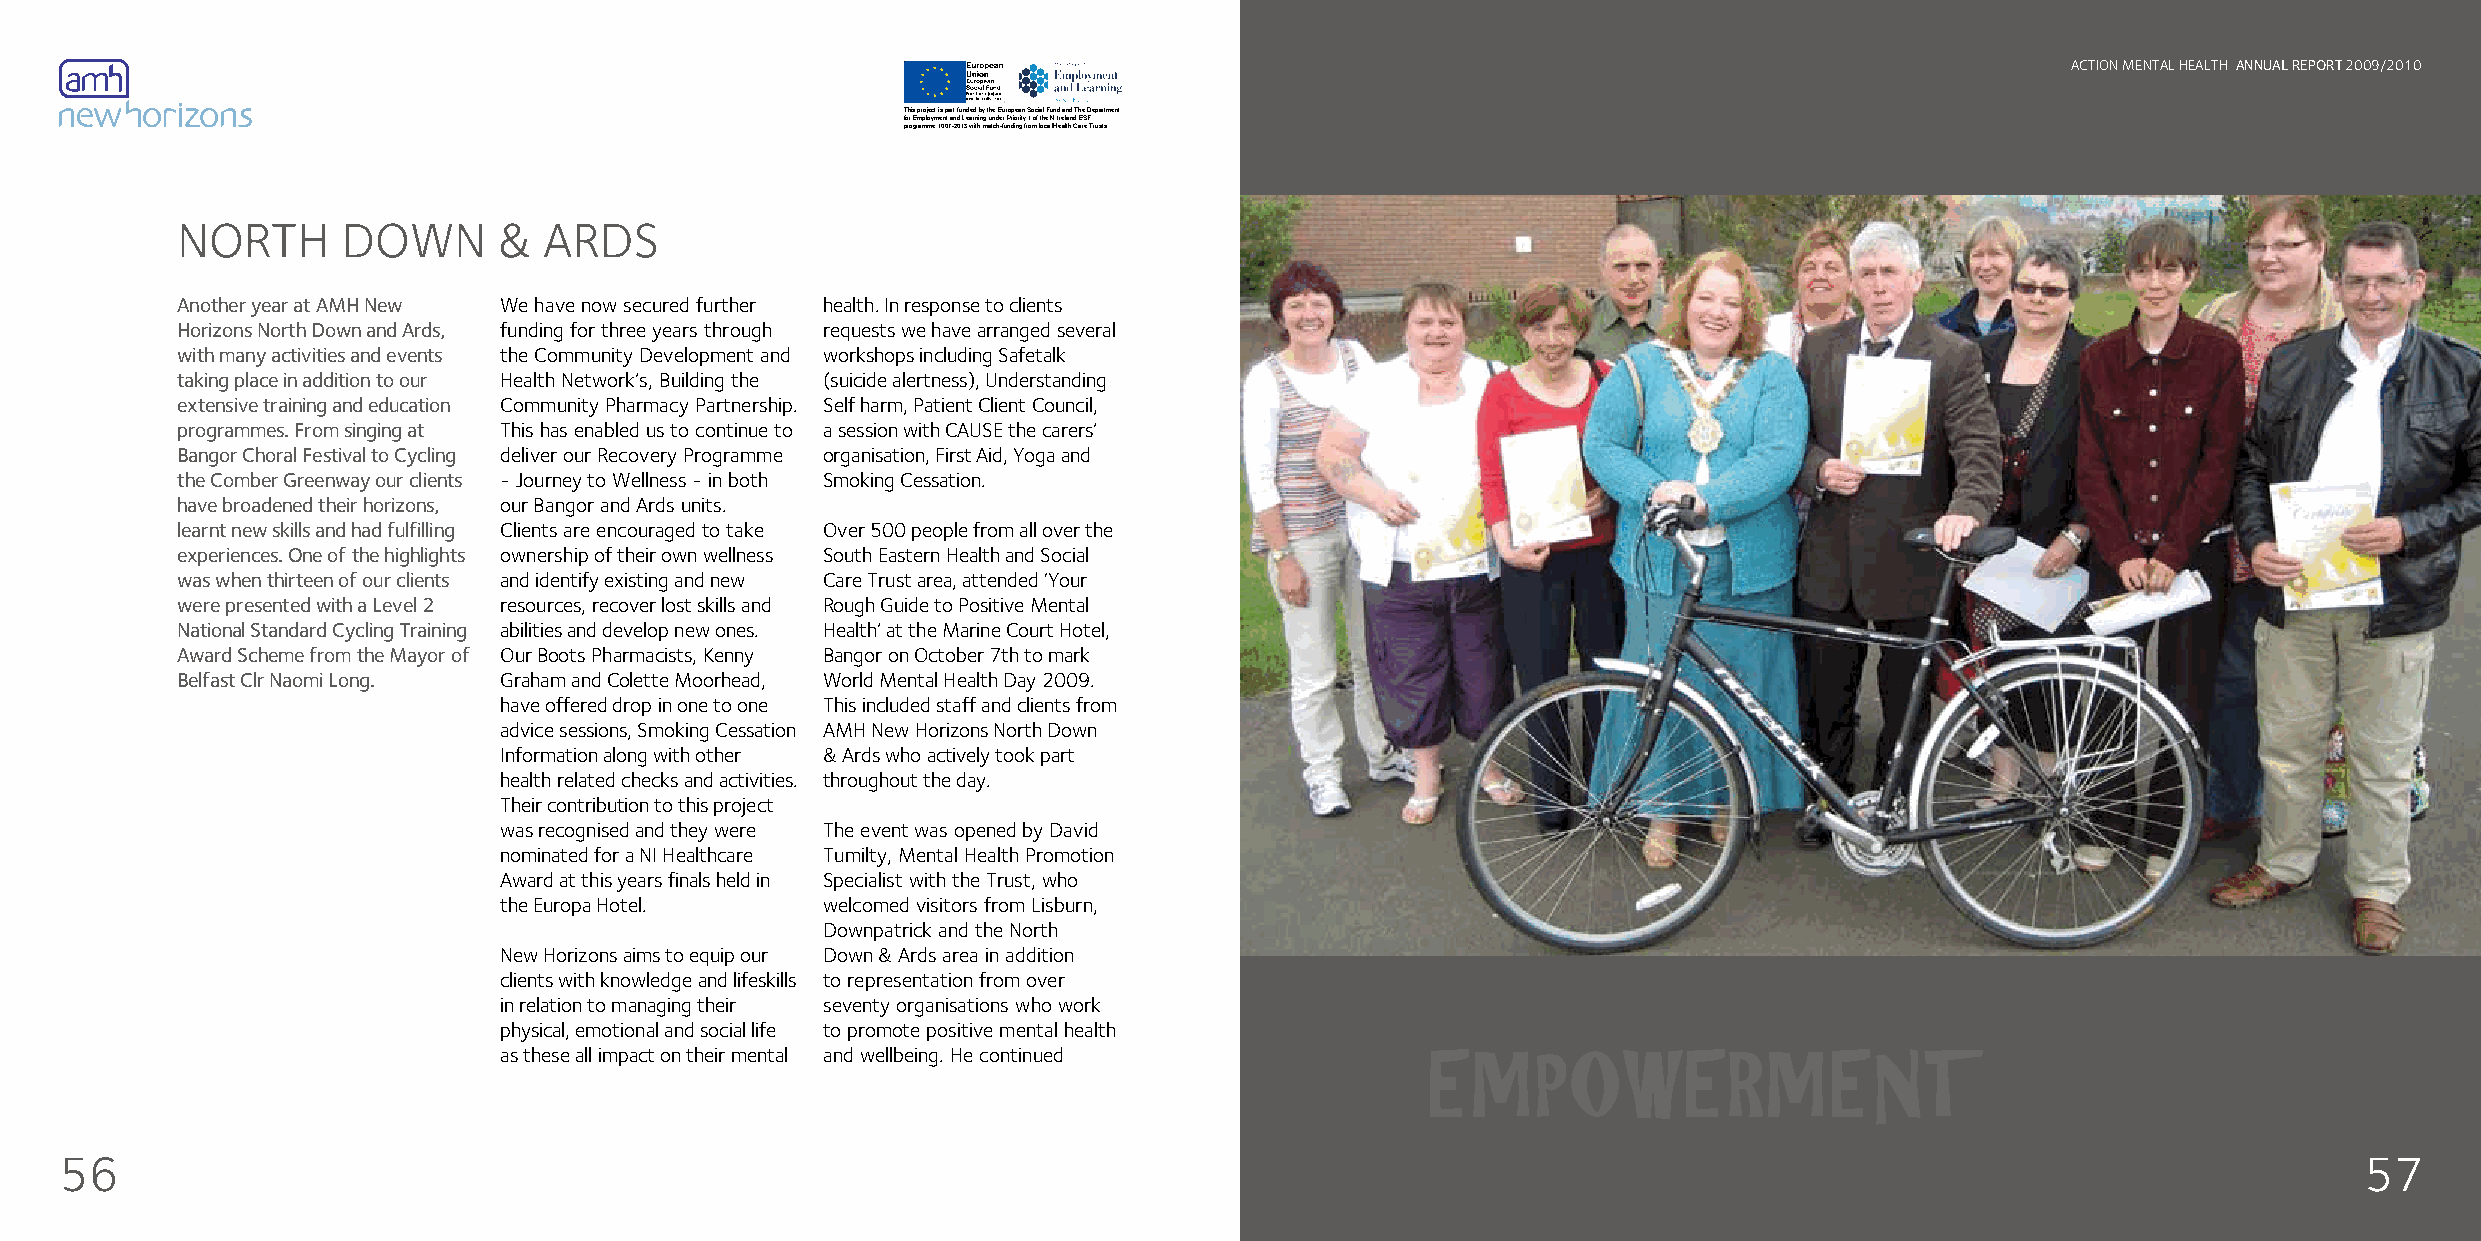
ACTION MENTAL HEALTH ANNUAL REPORT 2009/2010
 This project is part funded by the European Social Fund and The Department
 for Employment and Learning under Priority 1 of the N.Ireland ESF
 programme 1007-2013 with match-funding from local Health Care Trusts.
 NORTH      DOWN      &  ARDS
 Another year at AMH New We have now secured further health. In response to clients
 Horizons North Down and Ards, funding for three years through requests we have arranged several
 with many activities and events the Community Development and workshops including Safetalk
 taking place in addition to our Health Network’s, Building the (suicide alertness), Understanding
 extensive training and education Community Pharmacy Partnership. Self harm, Patient Client Council,
 programmes. From singing at This has enabled us to continue to a session with CAUSE the carers’
 Bangor Choral Festival to Cycling deliver our Recovery Programme organisation, First Aid, Yoga and
 the Comber Greenway our clients - Journey to Wellness - in both Smoking Cessation.
 have broadened their horizons, our Bangor and Ards units.
 learnt new skills and had fulfilling Clients are encouraged to take Over 500 people from all over the
 experiences. One of the highlights ownership of their own wellness South Eastern Health and Social
 was when thirteen of our clients and identify existing and new Care Trust area, attended ‘Your
 were presented with a Level 2 resources, recover lost skills and Rough Guide to Positive Mental
 National Standard Cycling Training abilities and develop new ones. Health’ at the Marine Court Hotel,
 Award Scheme from the Mayor of Our Boots Pharmacists, Kenny Bangor on October 7th to mark
 Belfast Clr Naomi Long. Graham and Colette Moorhead, World Mental Health Day 2009.
 have offered drop in one to one This included staff and clients from
 advice sessions, Smoking Cessation AMH New Horizons North Down
 Information along with other & Ards who actively took part
 health related checks and activities. throughout the day.
 Their contribution to this project
 was recognised and they were The event was opened by David
 nominated for a NI Healthcare Tumilty, Mental Health Promotion
 Award at this years finals held in Specialist with the Trust, who
 the Europa Hotel.    welcomed visitors from Lisburn,
 Downpatrick and the North
 New Horizons aims to equip our Down & Ards area in addition
 clients with knowledge and lifeskills to representation from over
 in relation to managing their seventy organisations who work
 physical, emotional and social life to promote positive mental health
 as these all impact on their mental and wellbeing. He continued EMPOWERMENT
 56                                                                                                                                                      57